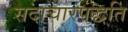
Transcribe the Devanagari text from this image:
सदाचारपद्धति